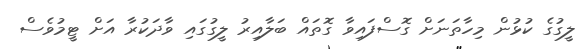
ލީގުގެ ކުޅުން މިހާތަނަށް ގޮސްފައިވާ ގޮތައް ބަލާއިރު ލީގުގައި ވާދަކުރާ އަށް ޓީމުވެސް